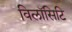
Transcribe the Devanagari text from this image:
विलॉसिटि